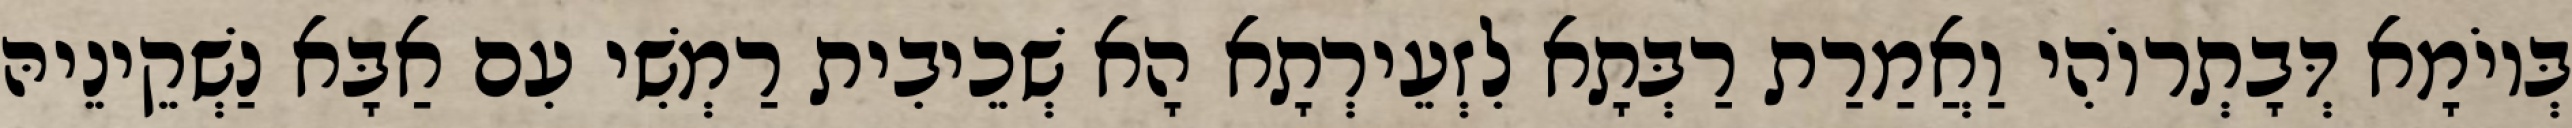
בְּיוֹמָא דְּבָתְרוֹהִי וַאֲמַרַת רַבְּתָא לִזְעֵירְתָא הָא שְׁכֵיבִית רַמְשִׁי עִם אַבָּא נַשְׁקֵינֵיהּ